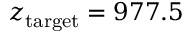
z _ { \mathrm { t a r g e t } } = 9 7 7 . 5